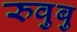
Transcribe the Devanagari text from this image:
रुवुबु